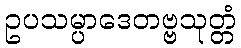
ဥပသမ္ပာဒေတဗ္ဗသုတ္တံ